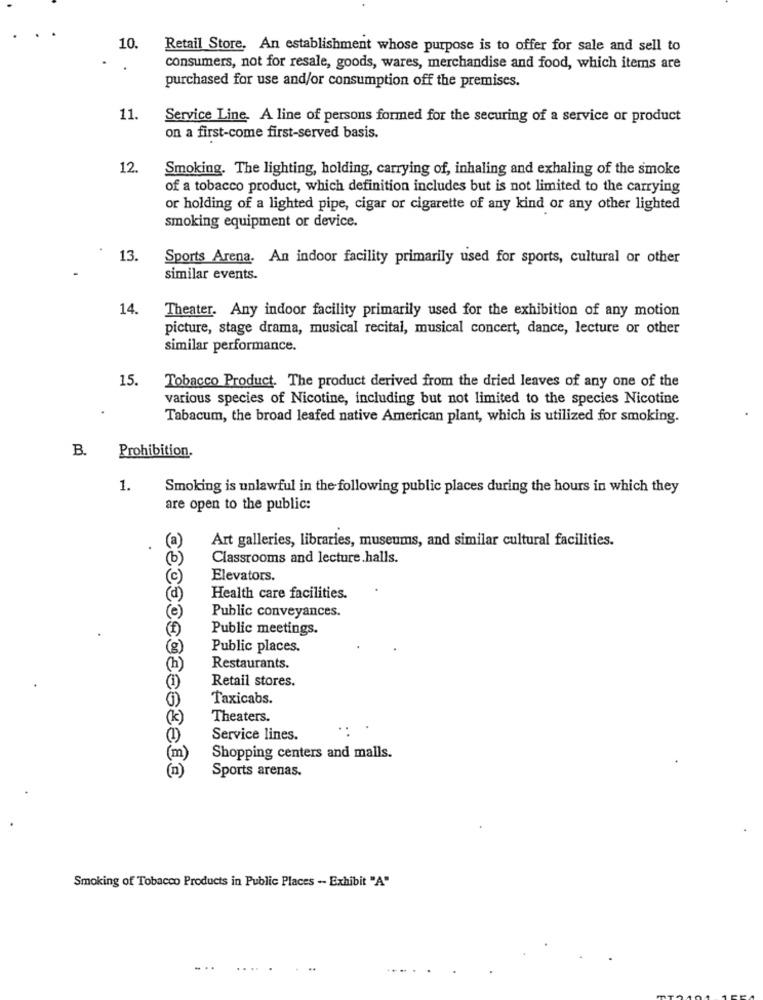
10
Retail Store. An establishment whose purpose is to offer for sale and sell to
consumers, not for resale, goods, wares, merchandise and food, which items are
purchased for use and/or consumption off the premises.
11.
Service Line. A line of persons formed for the securing of a service or product
on a first-come first-served basis.
12.
Smoking. The lighting, holding, carrying of, inhaling and exhaling of the smoke
of a tobacco product, which definition includes but is not limited to the carrying
or holding of a lighted pipe, cigar or cigarette of any kind or any other lighted
smoking equipment or device.
13.
Sports Arena. An indoor facility primarily used for sports, cultural or other
similar events.
14.
Theater. Any indoor facility primarily used for the exhibition of any motion
picture, stage drama, musical recital, musical concert, dance, lecture or other
similar performance.
15.
Tobacco Product. The product derived from the dried leaves of any one of the
various species of Nicotine, including but not limited to the species Nicotine
.
Tabacum, the broad leafed native American plant, which is utilized for smoking.
B.
Prohibition.
1.
Smoking is unlawful in the following public places during the hours in which they
are open to the public:
Art galleries, libraries, museums, and similar cultural facilities.
Classrooms and lecture.halls.
Elevators.
Health care facilities.
Public conveyances.
Public meetings.
Public places.
Restaurants.
Retail stores.
Taxicabs.
Theaters.
(1)
Service lines.
(m)
Shopping centers and malls.
(n)
Sports arenas.
Smoking of Tobacco Products in Public Places -- Exhibit "A"
...
....
...